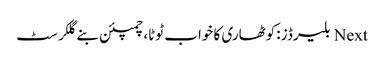
Next بلیرڈز :کوٹھاری کا خواب ٹوٹا، چمپئن بنے گلکرسٹ